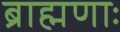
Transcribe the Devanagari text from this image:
ब्राह्मणाः